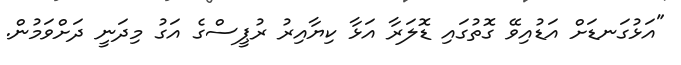
"އަޅުގަނޑަށް އަޑުއިވޭ ގޮތުގައި ޑޮލަރާ އަޅާ ކިޔާއިރު ރުޕީސްގެ އަގު މިދަނީ ދަށްވަމުން.